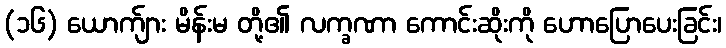
(၁၆) ယောက်ျား မိန်းမ တို့၏ လက္ခဏာ ကောင်းဆိုးကို ဟောပြောပေးခြင်း၊